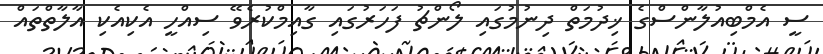
ސީ އެމްބިއުލާންސްގެ ޚިދުމަތް ދިނުމުގައި ލޯންޗު ފަހަރުގައި ގާއިމްކުރެވޭ ސިއްހީ އެކިއެކި އާލާތްތައް